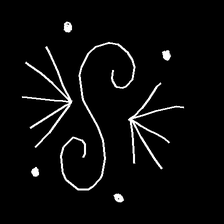
Glyph: aeroform